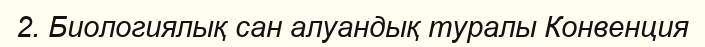
2. Биологиялық сан алуандық туралы Конвенция